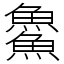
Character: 𩺰